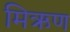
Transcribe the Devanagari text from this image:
मिऋण